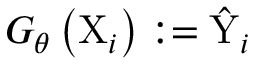
G _ { \theta } \left( \mathrm { X } _ { i } \right) : = \hat { \mathrm { Y } } _ { i }